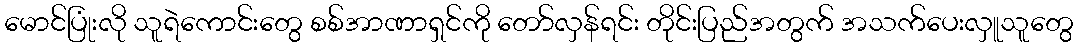
မောင်ပြုံးလို သူရဲကောင်းတွေ စစ်အာဏာရှင်ကို တော်လှန်ရင်း တိုင်းပြည်အတွက် အသက်ပေးလှူသူတွေ